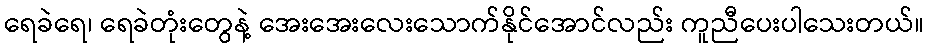
ရေခဲရေ၊ ရေခဲတုံးတွေနဲ့ အေးအေးလေးသောက်နိုင်အောင်လည်း ကူညီပေးပါသေးတယ်။